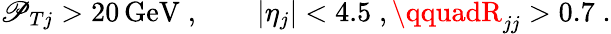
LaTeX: \mathscr{P}_{Tj}>20\, \mathrm{{GeV}}\; ,\qquad|\eta_{j}|<4.5\; ,\qquadR_{jj}>0.7\; .